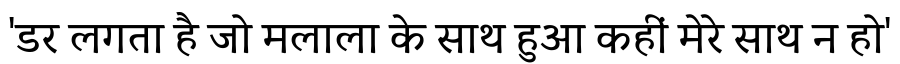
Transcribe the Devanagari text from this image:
'डर लगता है जो मलाला के साथ हुआ कहीं मेरे साथ न हो'